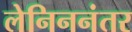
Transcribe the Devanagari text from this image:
लेनिननंतर